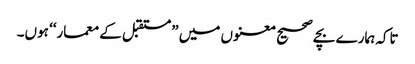
تاکہ ہمارے بچے صحیح معنوں میں ”مستقبل کے معمار‘‘ ہوں۔